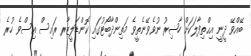
ބޭއްވޭ ދީނީ އިޙްތިފާލަކަށް ހާޟިރު ނުވެވޭނެތީވެ މަތިންދާބޯޓުގައި ކޮންޑަލީޒާރ ރައިސް އިސްވެ ހުރެ